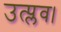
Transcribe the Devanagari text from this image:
उत्प्लव।